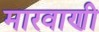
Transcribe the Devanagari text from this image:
मारवाणी